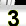
Digit: 3